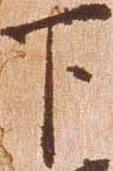
下